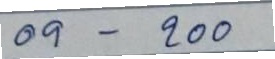
09 - 200